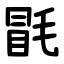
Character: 毷